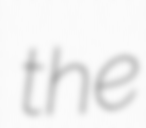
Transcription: the